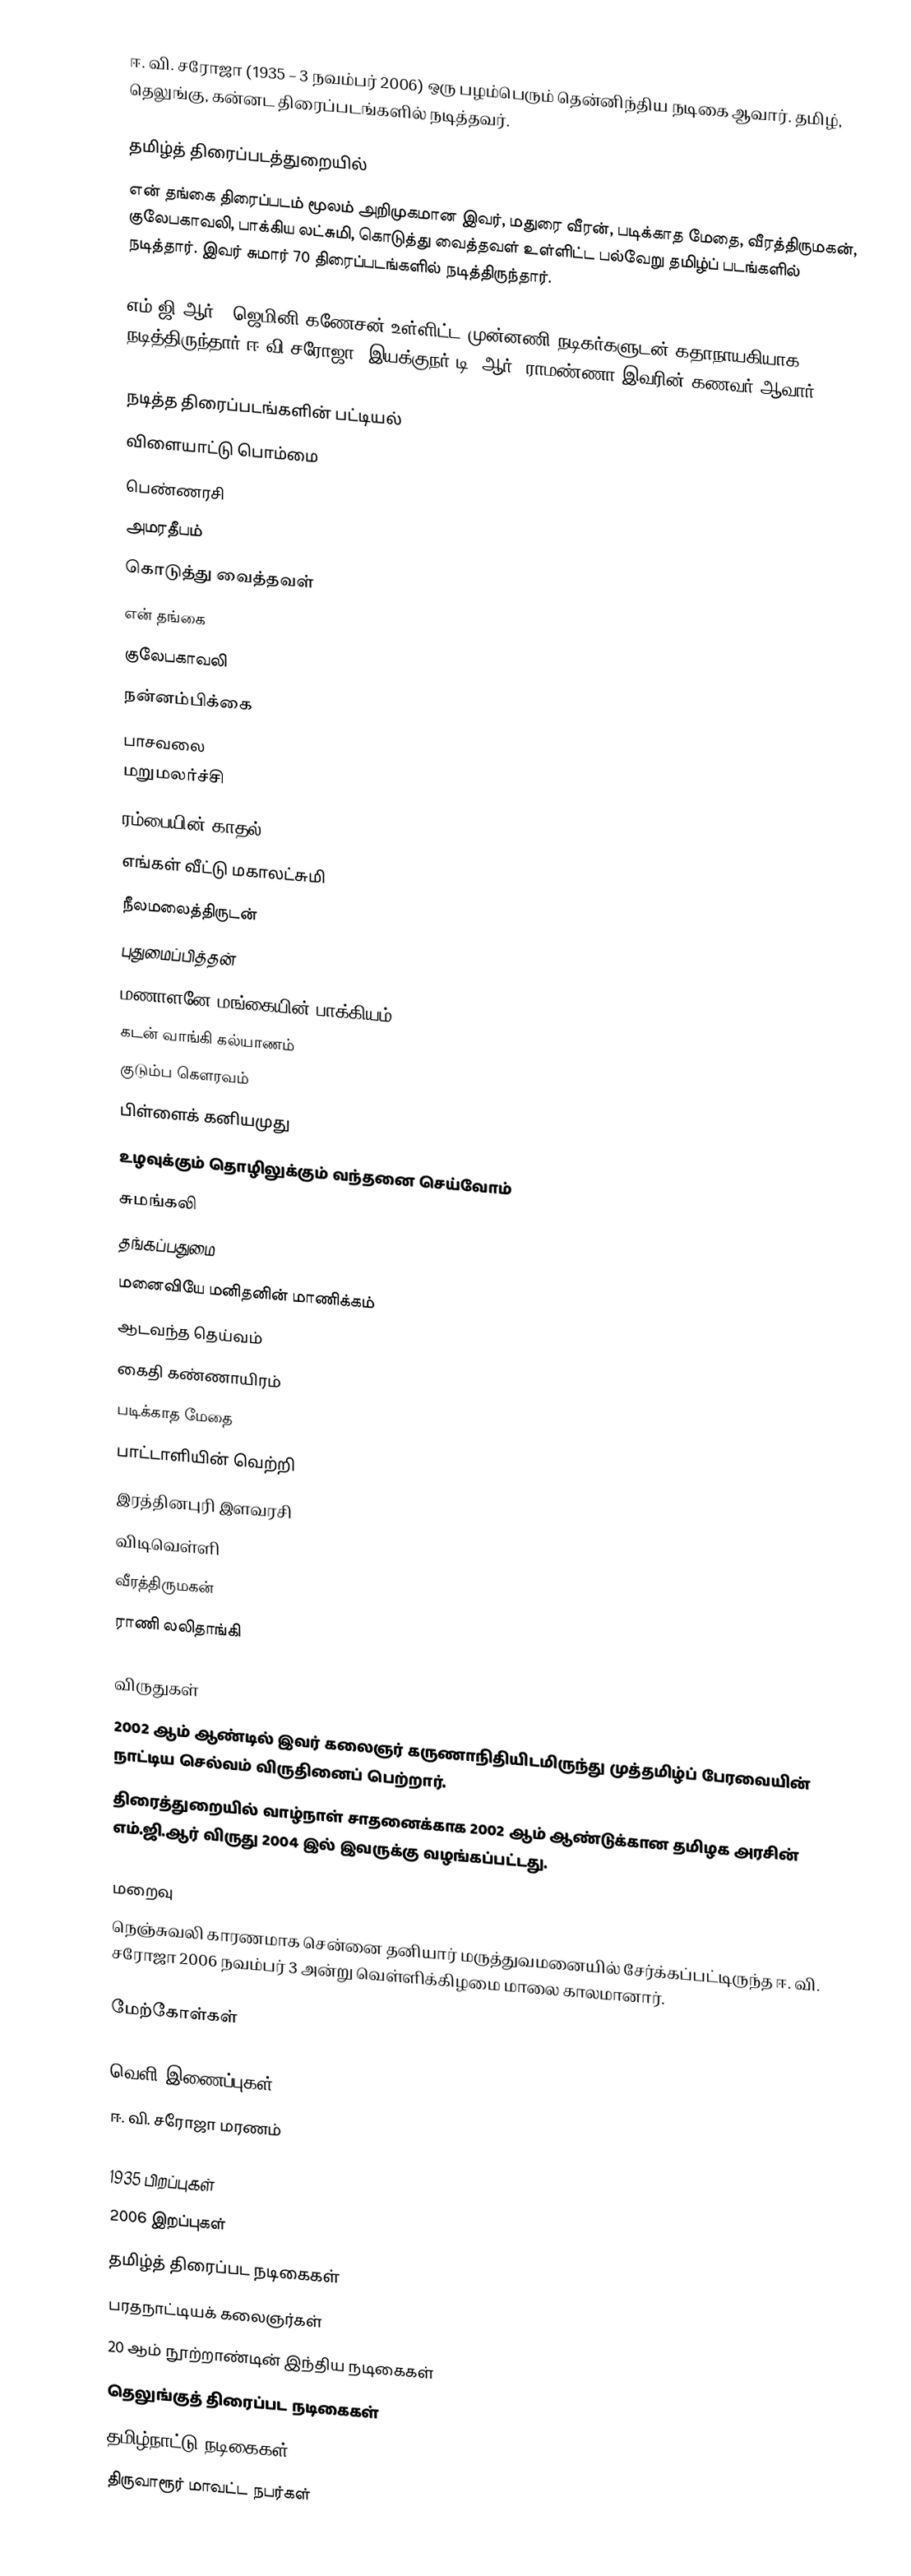
ஈ. வி. சரோஜா (1935 – 3 நவம்பர் 2006) ஒரு பழம்பெரும் தென்னிந்திய நடிகை ஆவார். தமிழ், தெலுங்கு, கன்னட திரைப்படங்களில் நடித்தவர்.

தமிழ்த் திரைப்படத்துறையில்
என் தங்கை திரைப்படம் மூலம் அறிமுகமான இவர், மதுரை வீரன், படிக்காத மேதை, வீரத்திருமகன், குலேபகாவலி, பாக்கிய லட்சுமி, கொடுத்து வைத்தவள் உள்ளிட்ட பல்வேறு தமிழ்ப் படங்களில் நடித்தார். இவர் சுமார் 70 திரைப்படங்களில் நடித்திருந்தார்.

எம்.ஜி.ஆர்., ஜெமினி கணேசன் உள்ளிட்ட முன்னணி நடிகர்களுடன் கதாநாயகியாக நடித்திருந்தார் ஈ.வி சரோஜா. இயக்குநர் டி. ஆர். ராமண்ணா இவரின் கணவர் ஆவார்.

நடித்த திரைப்படங்களின் பட்டியல்
 விளையாட்டு பொம்மை
 பெண்ணரசி
 அமரதீபம்
 கொடுத்து வைத்தவள்
 என் தங்கை
 குலேபகாவலி
 நன்னம்பிக்கை
 பாசவலை
 மறுமலர்ச்சி 
 ரம்பையின் காதல்
 எங்கள் வீட்டு மகாலட்சுமி 
 நீலமலைத்திருடன்
 புதுமைப்பித்தன்
 மணாளனே மங்கையின் பாக்கியம்
 கடன் வாங்கி கல்யாணம் 
 குடும்ப கௌரவம்
 பிள்ளைக் கனியமுது 
 உழவுக்கும் தொழிலுக்கும் வந்தனை செய்வோம்
 சுமங்கலி 
 தங்கப்பதுமை 
 மனைவியே மனிதனின் மாணிக்கம்
 ஆடவந்த தெய்வம்
 கைதி கண்ணாயிரம்
 படிக்காத மேதை
 பாட்டாளியின் வெற்றி
 இரத்தினபுரி இளவரசி
 விடிவெள்ளி
 வீரத்திருமகன்
 ராணி லலிதாங்கி

விருதுகள்
 2002 ஆம் ஆண்டில் இவர் கலைஞர் கருணாநிதியிடமிருந்து முத்தமிழ்ப் பேரவையின் நாட்டிய செல்வம் விருதினைப் பெற்றார்.
 திரைத்துறையில் வாழ்நாள் சாதனைக்காக 2002 ஆம் ஆண்டுக்கான தமிழக அரசின் எம்.ஜி.ஆர் விருது 2004 இல் இவருக்கு வழங்கப்பட்டது.

மறைவு
நெஞ்சுவலி காரணமாக சென்னை தனியார் மருத்துவமனையில் சேர்க்கப்பட்டிருந்த ஈ. வி. சரோஜா 2006 நவம்பர் 3 அன்று வெள்ளிக்கிழமை மாலை காலமானார்.

மேற்கோள்கள்

வெளி இணைப்புகள்
 ஈ. வி. சரோஜா மரணம்

1935 பிறப்புகள்
2006 இறப்புகள்
தமிழ்த் திரைப்பட நடிகைகள்
பரதநாட்டியக் கலைஞர்கள்
20 ஆம் நூற்றாண்டின் இந்திய நடிகைகள்
தெலுங்குத் திரைப்பட நடிகைகள்
தமிழ்நாட்டு நடிகைகள்
திருவாரூர் மாவட்ட நபர்கள்